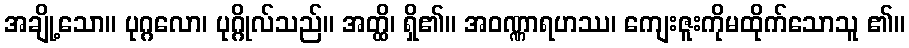
အချို့သော။ ပုဂ္ဂလော၊ ပုဂ္ဂိုလ်သည်။ အတ္ထိ၊ ရှိ၏။ အဝဏ္ဏာရဟဿ၊ ကျေးဇူးကိုမထိုက်သောသူ ၏။